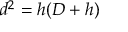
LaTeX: d ^ { 2 } = h ( D + h ) \,